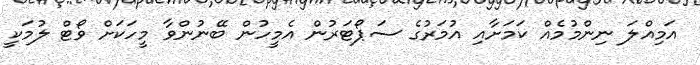
އަމިއްލަ ނިންމުމެއް ކަމަށާއި އުމަރުގެ ސަޕޯޓަރުން އެމީހުން ބޭނުންވާ މީހަކަށް ވޯޓް ލުމަކީ